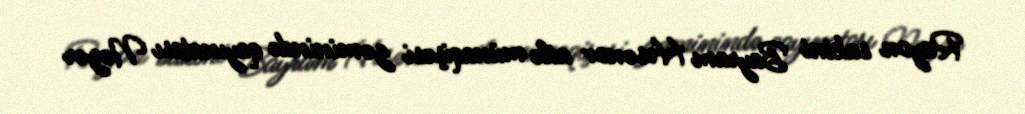
Rayon sakini Bayram Həsənov ailə münaqişəsi zəminində qayınatası Nəzər